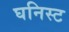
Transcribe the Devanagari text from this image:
घनिस्ट